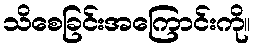
သိစေခြင်းအကြောင်းကို။